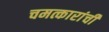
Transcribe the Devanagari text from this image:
चमत्कारांची